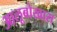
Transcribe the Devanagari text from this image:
आलूबोखारा